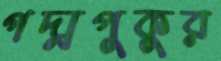
গদ্মপুকুর